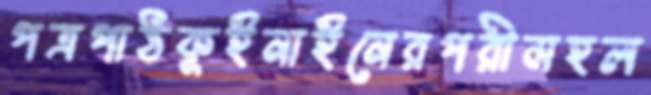
পত্রপাঠকুইনাইনেরপরীমহল